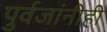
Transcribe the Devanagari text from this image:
पुर्वजांनीही